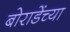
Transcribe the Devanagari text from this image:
बोराडेंच्या